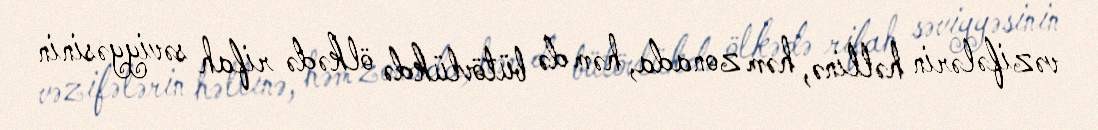
vəzifələrin həllinə, həm zonada, həm də bütövlükdə ölkədə rifah səviyyəsinin